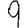
Digit: 9